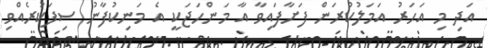
އަދި މި އަހަރު އަމަލުކުރަން ފަށާފައިވާ އާ މަންހަޖަކީ އެ މަނިކުފާނު ސިފަކުރެއްވި